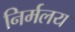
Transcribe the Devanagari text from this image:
निर्मलय